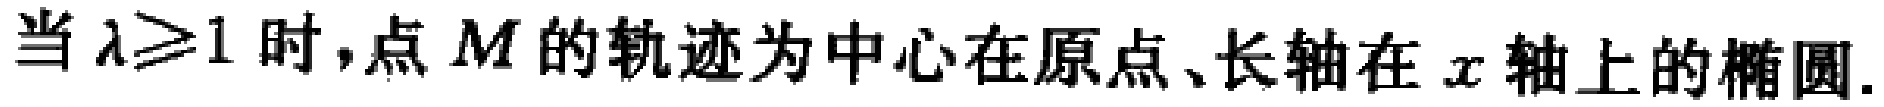
当$\lambda\geqslant1$时,点$M$的轨迹为中心在原点、长轴在$x$轴上的椭圆.